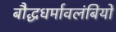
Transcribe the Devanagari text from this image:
बौद्धधर्मावलंबियों